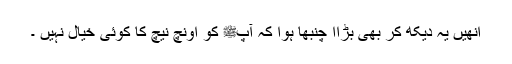
انھیں یہ دیکھ کر بھی بڑاا چنبھا ہوا کہ آپﷺ کو اونچ نیچ کا کوئی خیال نہیں ۔